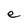
Character: e